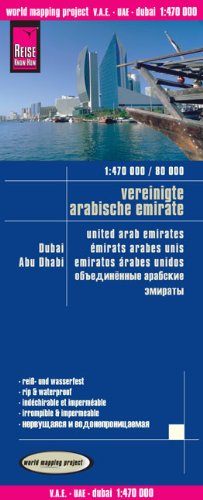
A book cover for United Arab Emirates / Dubai with Abu Dhabi; Reise Know-How Verlag; Travel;